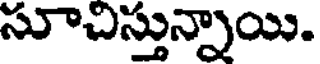
సూచిస్తున్నాయి.